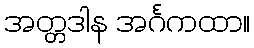
အတ္တဒါန အင်္ဂကထာ။